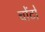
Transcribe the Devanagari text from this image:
चोंटों